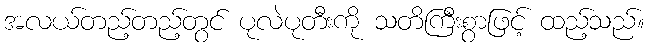
အလယ်တည့်တည့်တွင် ပုလဲပုတီးကို သတိကြီးစွာဖြင့် ထည့်သည်။